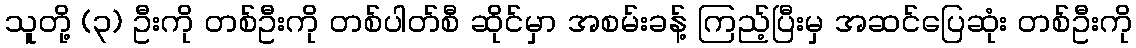
သူတို့ (၃) ဦးကို တစ်ဦးကို တစ်ပါတ်စီ ဆိုင်မှာ အစမ်းခန့် ကြည့်ပြီးမှ အဆင်ပြေဆုံး တစ်ဦးကို